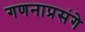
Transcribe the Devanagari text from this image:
गणनाप्रसंगे